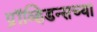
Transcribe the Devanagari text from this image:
प्रॉव्हिडन्सच्या